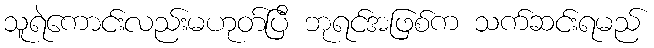
သူရဲကောင်းလည်းမဟုတ်ပြီ ဘုရင်အဖြစ်က သက်ဆင်းရမည်